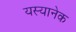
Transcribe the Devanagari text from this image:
यस्यानेक